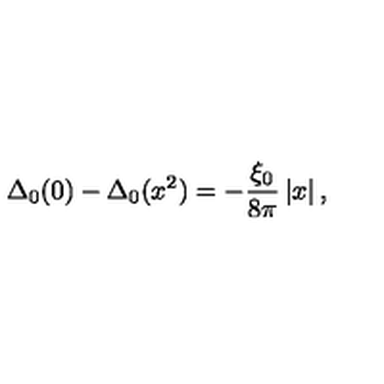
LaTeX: \Delta _ { 0 } ( 0 ) - \Delta _ { 0 } ( x ^ { 2 } ) = - \frac { \xi _ { 0 } } { 8 \pi } \left| x \right| ,